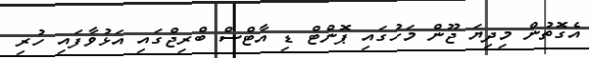
އެގޮތުން މިދިޔަ ޖޫން މަހުގައި ޕޮންޓް ޑި އާޓްސް ބްރިޖްގައި އަޅުވާފައި ހުރި